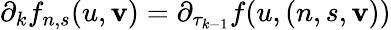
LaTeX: \partial_{k}f_{n,s}(u,\mathbf{v})=\partial_{\tau_{k-1}}f(u,(n,s,\mathbf{v}))